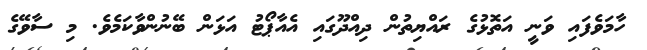
ހާމަވެފައި ވަނީ އަތޮޅުގެ ރައްޔިތުން ދިއްދޫގައި އެއާޕޯޓު އަޅަން ބޭނުންވާކަމެވެ. މި ސާވޭގެ